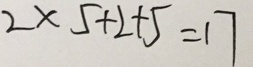
2 \times 5 + 2 + 5 = 1 7